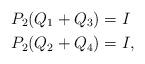
LaTeX: \begin{align*} P_2(Q_1+Q_3)&=I\\ P_2(Q_2+Q_4)&=I,\end{align*}